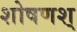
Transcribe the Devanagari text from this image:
शोषणश्